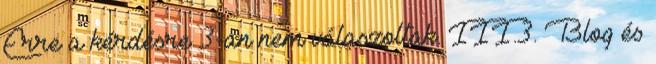
Erre a kérdésre 3-an nem válaszoltak. III.3. Blog és